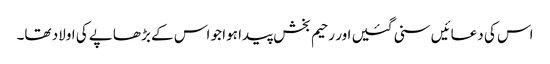
اس کی دعائیں سنی گئیں اور رحیم بخش پیدا ہوا جو اس کے بڑھاپے کی اولاد تھا۔